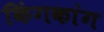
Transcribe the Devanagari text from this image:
किंगकांग